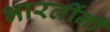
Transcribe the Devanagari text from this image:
भारतींनी